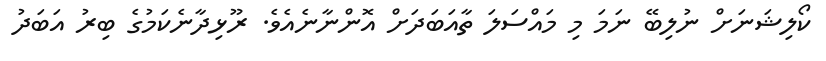
ކޯލިޝަނަށް ނުލިބޭ ނަމަ މި މައްސަލަ ތާއަބަދަށް އޮންނާނެއެވެ. ރޫޅިދާނެކަމުގެ ބިރު އަބަދު